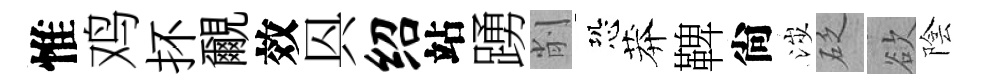
惟鸡抔覼效㒷绍站踴削恐莽鞞尙涉砭欲陰